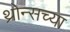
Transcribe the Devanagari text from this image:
थ्रोन्सच्या